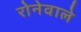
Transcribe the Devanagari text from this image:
रोनेवाले